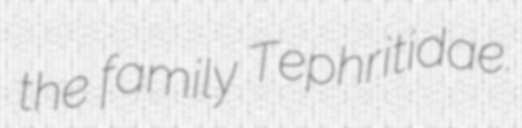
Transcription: the family Tephritidae.